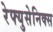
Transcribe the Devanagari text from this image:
रेफ्युसेनिक्स